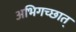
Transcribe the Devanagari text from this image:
अभिगच्छात्